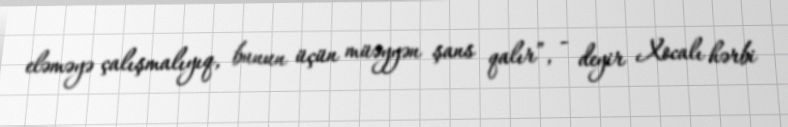
eləməyə çalışmalıyıq, bunun üçün müəyyən şans qalır”, - deyir Xocalı hərbi